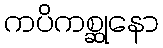
ကပိကစ္ဆုနော